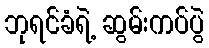
ဘုရင်ခံရဲ့ ဆွမ်းကပ်ပွဲ